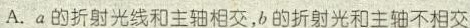
A.a的折射光线和主轴相交，b的折射光和主轴不相交